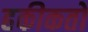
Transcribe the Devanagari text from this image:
हकीकतों